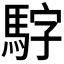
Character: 𮪃